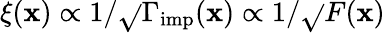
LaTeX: \xi(\mathbf{x})\propto1/\sqrt{}{{\Gamma_{\mathrm{{imp}}}(\mathbf{x})}}\propto1/\sqrt{}{{F(\mathbf{x})}}